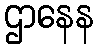
ဌာနေန